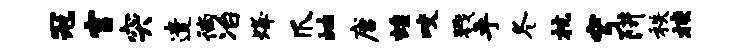
冠宫突遣徜冶烽爪岫唐蝗咬戮乎冬杭穹阱秩挟